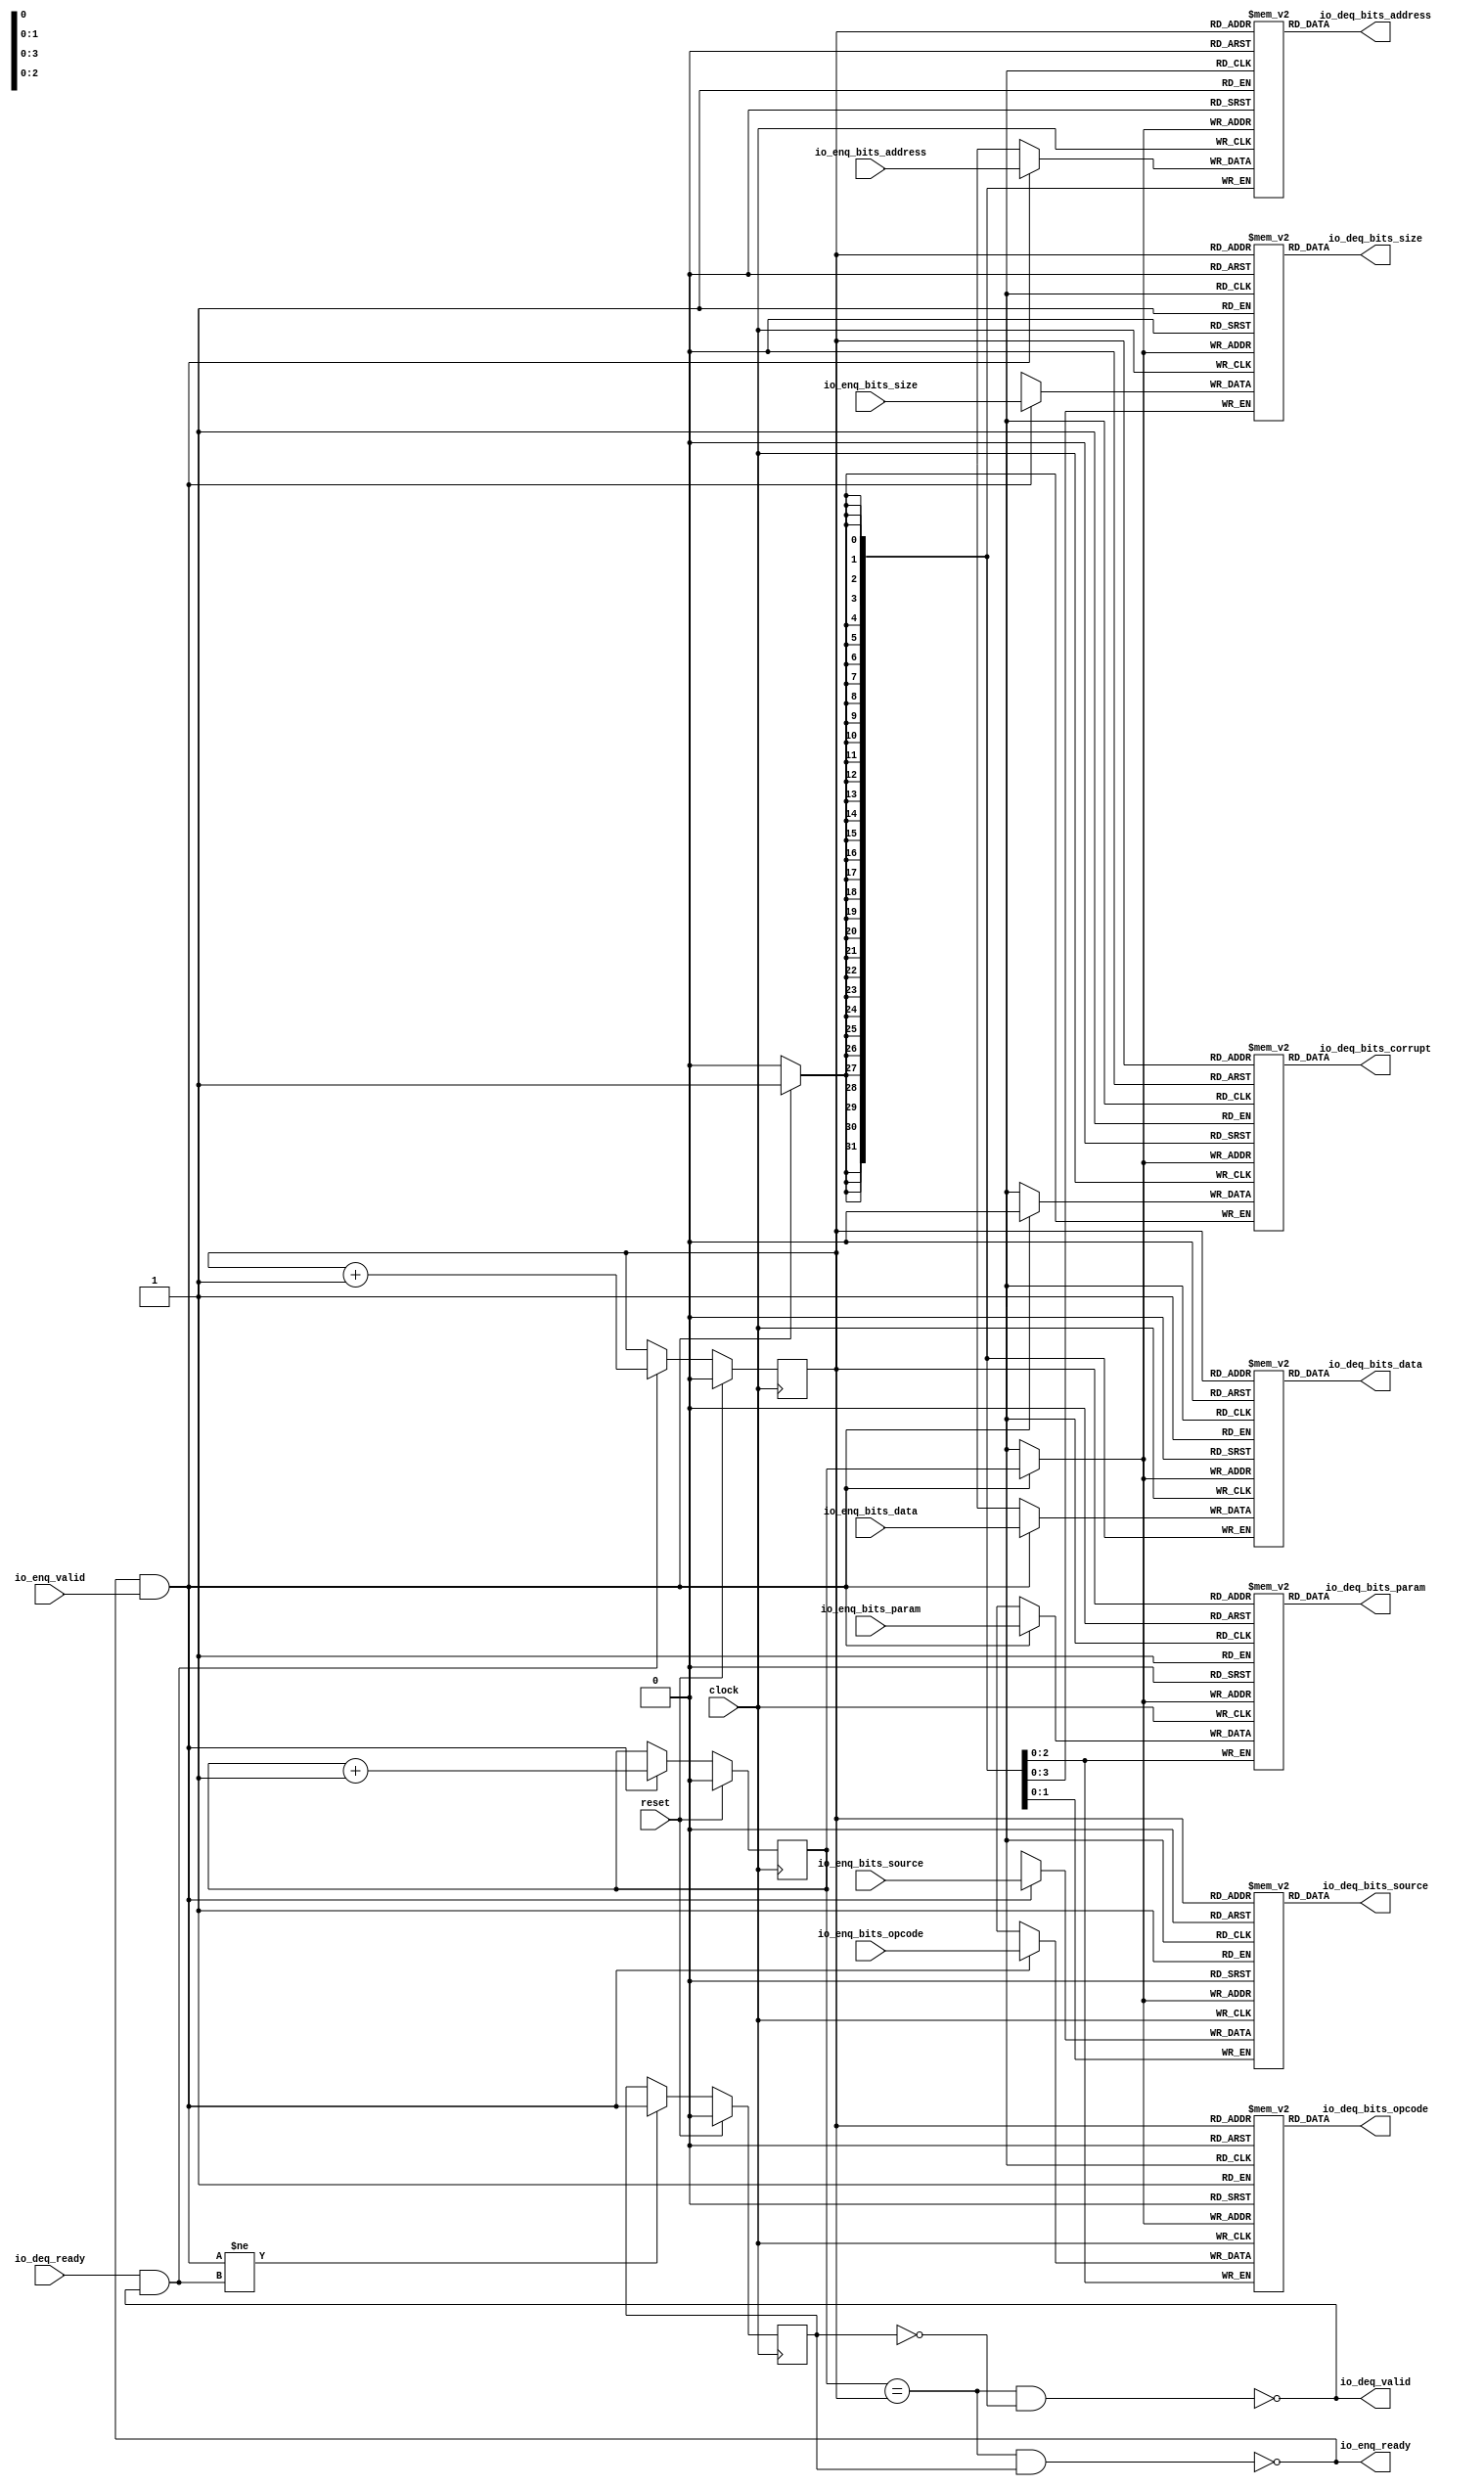
module Queue_36( // @[:freechips.rocketchip.system.DefaultRV32Config.fir@210245.2]
  input         clock, // @[:freechips.rocketchip.system.DefaultRV32Config.fir@210246.4]
  input         reset, // @[:freechips.rocketchip.system.DefaultRV32Config.fir@210247.4]
  output        io_enq_ready, // @[:freechips.rocketchip.system.DefaultRV32Config.fir@210248.4]
  input         io_enq_valid, // @[:freechips.rocketchip.system.DefaultRV32Config.fir@210248.4]
  input  [2:0]  io_enq_bits_opcode, // @[:freechips.rocketchip.system.DefaultRV32Config.fir@210248.4]
  input  [2:0]  io_enq_bits_param, // @[:freechips.rocketchip.system.DefaultRV32Config.fir@210248.4]
  input  [3:0]  io_enq_bits_size, // @[:freechips.rocketchip.system.DefaultRV32Config.fir@210248.4]
  input  [1:0]  io_enq_bits_source, // @[:freechips.rocketchip.system.DefaultRV32Config.fir@210248.4]
  input  [31:0] io_enq_bits_address, // @[:freechips.rocketchip.system.DefaultRV32Config.fir@210248.4]
  input  [31:0] io_enq_bits_data, // @[:freechips.rocketchip.system.DefaultRV32Config.fir@210248.4]
  input         io_deq_ready, // @[:freechips.rocketchip.system.DefaultRV32Config.fir@210248.4]
  output        io_deq_valid, // @[:freechips.rocketchip.system.DefaultRV32Config.fir@210248.4]
  output [2:0]  io_deq_bits_opcode, // @[:freechips.rocketchip.system.DefaultRV32Config.fir@210248.4]
  output [2:0]  io_deq_bits_param, // @[:freechips.rocketchip.system.DefaultRV32Config.fir@210248.4]
  output [3:0]  io_deq_bits_size, // @[:freechips.rocketchip.system.DefaultRV32Config.fir@210248.4]
  output [1:0]  io_deq_bits_source, // @[:freechips.rocketchip.system.DefaultRV32Config.fir@210248.4]
  output [31:0] io_deq_bits_address, // @[:freechips.rocketchip.system.DefaultRV32Config.fir@210248.4]
  output [31:0] io_deq_bits_data, // @[:freechips.rocketchip.system.DefaultRV32Config.fir@210248.4]
  output        io_deq_bits_corrupt // @[:freechips.rocketchip.system.DefaultRV32Config.fir@210248.4]
);
`ifdef RANDOMIZE_MEM_INIT
  reg [31:0] _RAND_0;
  reg [31:0] _RAND_1;
  reg [31:0] _RAND_2;
  reg [31:0] _RAND_3;
  reg [31:0] _RAND_4;
  reg [31:0] _RAND_5;
  reg [31:0] _RAND_6;
`endif // RANDOMIZE_MEM_INIT
`ifdef RANDOMIZE_REG_INIT
  reg [31:0] _RAND_7;
  reg [31:0] _RAND_8;
  reg [31:0] _RAND_9;
`endif // RANDOMIZE_REG_INIT
  reg [2:0] ram_opcode [0:1]; // @[Decoupled.scala 209:16:freechips.rocketchip.system.DefaultRV32Config.fir@210250.4]
  wire [2:0] ram_opcode__T_15_data; // @[Decoupled.scala 209:16:freechips.rocketchip.system.DefaultRV32Config.fir@210250.4]
  wire  ram_opcode__T_15_addr; // @[Decoupled.scala 209:16:freechips.rocketchip.system.DefaultRV32Config.fir@210250.4]
  wire [2:0] ram_opcode__T_5_data; // @[Decoupled.scala 209:16:freechips.rocketchip.system.DefaultRV32Config.fir@210250.4]
  wire  ram_opcode__T_5_addr; // @[Decoupled.scala 209:16:freechips.rocketchip.system.DefaultRV32Config.fir@210250.4]
  wire  ram_opcode__T_5_mask; // @[Decoupled.scala 209:16:freechips.rocketchip.system.DefaultRV32Config.fir@210250.4]
  wire  ram_opcode__T_5_en; // @[Decoupled.scala 209:16:freechips.rocketchip.system.DefaultRV32Config.fir@210250.4]
  reg [2:0] ram_param [0:1]; // @[Decoupled.scala 209:16:freechips.rocketchip.system.DefaultRV32Config.fir@210250.4]
  wire [2:0] ram_param__T_15_data; // @[Decoupled.scala 209:16:freechips.rocketchip.system.DefaultRV32Config.fir@210250.4]
  wire  ram_param__T_15_addr; // @[Decoupled.scala 209:16:freechips.rocketchip.system.DefaultRV32Config.fir@210250.4]
  wire [2:0] ram_param__T_5_data; // @[Decoupled.scala 209:16:freechips.rocketchip.system.DefaultRV32Config.fir@210250.4]
  wire  ram_param__T_5_addr; // @[Decoupled.scala 209:16:freechips.rocketchip.system.DefaultRV32Config.fir@210250.4]
  wire  ram_param__T_5_mask; // @[Decoupled.scala 209:16:freechips.rocketchip.system.DefaultRV32Config.fir@210250.4]
  wire  ram_param__T_5_en; // @[Decoupled.scala 209:16:freechips.rocketchip.system.DefaultRV32Config.fir@210250.4]
  reg [3:0] ram_size [0:1]; // @[Decoupled.scala 209:16:freechips.rocketchip.system.DefaultRV32Config.fir@210250.4]
  wire [3:0] ram_size__T_15_data; // @[Decoupled.scala 209:16:freechips.rocketchip.system.DefaultRV32Config.fir@210250.4]
  wire  ram_size__T_15_addr; // @[Decoupled.scala 209:16:freechips.rocketchip.system.DefaultRV32Config.fir@210250.4]
  wire [3:0] ram_size__T_5_data; // @[Decoupled.scala 209:16:freechips.rocketchip.system.DefaultRV32Config.fir@210250.4]
  wire  ram_size__T_5_addr; // @[Decoupled.scala 209:16:freechips.rocketchip.system.DefaultRV32Config.fir@210250.4]
  wire  ram_size__T_5_mask; // @[Decoupled.scala 209:16:freechips.rocketchip.system.DefaultRV32Config.fir@210250.4]
  wire  ram_size__T_5_en; // @[Decoupled.scala 209:16:freechips.rocketchip.system.DefaultRV32Config.fir@210250.4]
  reg [1:0] ram_source [0:1]; // @[Decoupled.scala 209:16:freechips.rocketchip.system.DefaultRV32Config.fir@210250.4]
  wire [1:0] ram_source__T_15_data; // @[Decoupled.scala 209:16:freechips.rocketchip.system.DefaultRV32Config.fir@210250.4]
  wire  ram_source__T_15_addr; // @[Decoupled.scala 209:16:freechips.rocketchip.system.DefaultRV32Config.fir@210250.4]
  wire [1:0] ram_source__T_5_data; // @[Decoupled.scala 209:16:freechips.rocketchip.system.DefaultRV32Config.fir@210250.4]
  wire  ram_source__T_5_addr; // @[Decoupled.scala 209:16:freechips.rocketchip.system.DefaultRV32Config.fir@210250.4]
  wire  ram_source__T_5_mask; // @[Decoupled.scala 209:16:freechips.rocketchip.system.DefaultRV32Config.fir@210250.4]
  wire  ram_source__T_5_en; // @[Decoupled.scala 209:16:freechips.rocketchip.system.DefaultRV32Config.fir@210250.4]
  reg [31:0] ram_address [0:1]; // @[Decoupled.scala 209:16:freechips.rocketchip.system.DefaultRV32Config.fir@210250.4]
  wire [31:0] ram_address__T_15_data; // @[Decoupled.scala 209:16:freechips.rocketchip.system.DefaultRV32Config.fir@210250.4]
  wire  ram_address__T_15_addr; // @[Decoupled.scala 209:16:freechips.rocketchip.system.DefaultRV32Config.fir@210250.4]
  wire [31:0] ram_address__T_5_data; // @[Decoupled.scala 209:16:freechips.rocketchip.system.DefaultRV32Config.fir@210250.4]
  wire  ram_address__T_5_addr; // @[Decoupled.scala 209:16:freechips.rocketchip.system.DefaultRV32Config.fir@210250.4]
  wire  ram_address__T_5_mask; // @[Decoupled.scala 209:16:freechips.rocketchip.system.DefaultRV32Config.fir@210250.4]
  wire  ram_address__T_5_en; // @[Decoupled.scala 209:16:freechips.rocketchip.system.DefaultRV32Config.fir@210250.4]
  reg [31:0] ram_data [0:1]; // @[Decoupled.scala 209:16:freechips.rocketchip.system.DefaultRV32Config.fir@210250.4]
  wire [31:0] ram_data__T_15_data; // @[Decoupled.scala 209:16:freechips.rocketchip.system.DefaultRV32Config.fir@210250.4]
  wire  ram_data__T_15_addr; // @[Decoupled.scala 209:16:freechips.rocketchip.system.DefaultRV32Config.fir@210250.4]
  wire [31:0] ram_data__T_5_data; // @[Decoupled.scala 209:16:freechips.rocketchip.system.DefaultRV32Config.fir@210250.4]
  wire  ram_data__T_5_addr; // @[Decoupled.scala 209:16:freechips.rocketchip.system.DefaultRV32Config.fir@210250.4]
  wire  ram_data__T_5_mask; // @[Decoupled.scala 209:16:freechips.rocketchip.system.DefaultRV32Config.fir@210250.4]
  wire  ram_data__T_5_en; // @[Decoupled.scala 209:16:freechips.rocketchip.system.DefaultRV32Config.fir@210250.4]
  reg  ram_corrupt [0:1]; // @[Decoupled.scala 209:16:freechips.rocketchip.system.DefaultRV32Config.fir@210250.4]
  wire  ram_corrupt__T_15_data; // @[Decoupled.scala 209:16:freechips.rocketchip.system.DefaultRV32Config.fir@210250.4]
  wire  ram_corrupt__T_15_addr; // @[Decoupled.scala 209:16:freechips.rocketchip.system.DefaultRV32Config.fir@210250.4]
  wire  ram_corrupt__T_5_data; // @[Decoupled.scala 209:16:freechips.rocketchip.system.DefaultRV32Config.fir@210250.4]
  wire  ram_corrupt__T_5_addr; // @[Decoupled.scala 209:16:freechips.rocketchip.system.DefaultRV32Config.fir@210250.4]
  wire  ram_corrupt__T_5_mask; // @[Decoupled.scala 209:16:freechips.rocketchip.system.DefaultRV32Config.fir@210250.4]
  wire  ram_corrupt__T_5_en; // @[Decoupled.scala 209:16:freechips.rocketchip.system.DefaultRV32Config.fir@210250.4]
  reg  _T; // @[Counter.scala 29:33:freechips.rocketchip.system.DefaultRV32Config.fir@210251.4]
  reg  _T_1; // @[Counter.scala 29:33:freechips.rocketchip.system.DefaultRV32Config.fir@210252.4]
  reg  maybe_full; // @[Decoupled.scala 212:27:freechips.rocketchip.system.DefaultRV32Config.fir@210253.4]
  wire  ptr_match; // @[Decoupled.scala 214:33:freechips.rocketchip.system.DefaultRV32Config.fir@210254.4]
  wire  _T_2; // @[Decoupled.scala 215:28:freechips.rocketchip.system.DefaultRV32Config.fir@210255.4]
  wire  empty; // @[Decoupled.scala 215:25:freechips.rocketchip.system.DefaultRV32Config.fir@210256.4]
  wire  full; // @[Decoupled.scala 216:24:freechips.rocketchip.system.DefaultRV32Config.fir@210257.4]
  wire  do_enq; // @[Decoupled.scala 40:37:freechips.rocketchip.system.DefaultRV32Config.fir@210258.4]
  wire  do_deq; // @[Decoupled.scala 40:37:freechips.rocketchip.system.DefaultRV32Config.fir@210261.4]
  wire  _T_8; // @[Counter.scala 39:22:freechips.rocketchip.system.DefaultRV32Config.fir@210275.6]
  wire  _T_11; // @[Counter.scala 39:22:freechips.rocketchip.system.DefaultRV32Config.fir@210281.6]
  wire  _T_12; // @[Decoupled.scala 227:16:freechips.rocketchip.system.DefaultRV32Config.fir@210284.4]
  assign ram_opcode__T_15_addr = _T_1;
  assign ram_opcode__T_15_data = ram_opcode[ram_opcode__T_15_addr]; // @[Decoupled.scala 209:16:freechips.rocketchip.system.DefaultRV32Config.fir@210250.4]
  assign ram_opcode__T_5_data = io_enq_bits_opcode;
  assign ram_opcode__T_5_addr = _T;
  assign ram_opcode__T_5_mask = 1'h1;
  assign ram_opcode__T_5_en = io_enq_ready & io_enq_valid;
  assign ram_param__T_15_addr = _T_1;
  assign ram_param__T_15_data = ram_param[ram_param__T_15_addr]; // @[Decoupled.scala 209:16:freechips.rocketchip.system.DefaultRV32Config.fir@210250.4]
  assign ram_param__T_5_data = io_enq_bits_param;
  assign ram_param__T_5_addr = _T;
  assign ram_param__T_5_mask = 1'h1;
  assign ram_param__T_5_en = io_enq_ready & io_enq_valid;
  assign ram_size__T_15_addr = _T_1;
  assign ram_size__T_15_data = ram_size[ram_size__T_15_addr]; // @[Decoupled.scala 209:16:freechips.rocketchip.system.DefaultRV32Config.fir@210250.4]
  assign ram_size__T_5_data = io_enq_bits_size;
  assign ram_size__T_5_addr = _T;
  assign ram_size__T_5_mask = 1'h1;
  assign ram_size__T_5_en = io_enq_ready & io_enq_valid;
  assign ram_source__T_15_addr = _T_1;
  assign ram_source__T_15_data = ram_source[ram_source__T_15_addr]; // @[Decoupled.scala 209:16:freechips.rocketchip.system.DefaultRV32Config.fir@210250.4]
  assign ram_source__T_5_data = io_enq_bits_source;
  assign ram_source__T_5_addr = _T;
  assign ram_source__T_5_mask = 1'h1;
  assign ram_source__T_5_en = io_enq_ready & io_enq_valid;
  assign ram_address__T_15_addr = _T_1;
  assign ram_address__T_15_data = ram_address[ram_address__T_15_addr]; // @[Decoupled.scala 209:16:freechips.rocketchip.system.DefaultRV32Config.fir@210250.4]
  assign ram_address__T_5_data = io_enq_bits_address;
  assign ram_address__T_5_addr = _T;
  assign ram_address__T_5_mask = 1'h1;
  assign ram_address__T_5_en = io_enq_ready & io_enq_valid;
  assign ram_data__T_15_addr = _T_1;
  assign ram_data__T_15_data = ram_data[ram_data__T_15_addr]; // @[Decoupled.scala 209:16:freechips.rocketchip.system.DefaultRV32Config.fir@210250.4]
  assign ram_data__T_5_data = io_enq_bits_data;
  assign ram_data__T_5_addr = _T;
  assign ram_data__T_5_mask = 1'h1;
  assign ram_data__T_5_en = io_enq_ready & io_enq_valid;
  assign ram_corrupt__T_15_addr = _T_1;
  assign ram_corrupt__T_15_data = ram_corrupt[ram_corrupt__T_15_addr]; // @[Decoupled.scala 209:16:freechips.rocketchip.system.DefaultRV32Config.fir@210250.4]
  assign ram_corrupt__T_5_data = 1'h0;
  assign ram_corrupt__T_5_addr = _T;
  assign ram_corrupt__T_5_mask = 1'h1;
  assign ram_corrupt__T_5_en = io_enq_ready & io_enq_valid;
  assign ptr_match = _T == _T_1; // @[Decoupled.scala 214:33:freechips.rocketchip.system.DefaultRV32Config.fir@210254.4]
  assign _T_2 = ~maybe_full; // @[Decoupled.scala 215:28:freechips.rocketchip.system.DefaultRV32Config.fir@210255.4]
  assign empty = ptr_match & _T_2; // @[Decoupled.scala 215:25:freechips.rocketchip.system.DefaultRV32Config.fir@210256.4]
  assign full = ptr_match & maybe_full; // @[Decoupled.scala 216:24:freechips.rocketchip.system.DefaultRV32Config.fir@210257.4]
  assign do_enq = io_enq_ready & io_enq_valid; // @[Decoupled.scala 40:37:freechips.rocketchip.system.DefaultRV32Config.fir@210258.4]
  assign do_deq = io_deq_ready & io_deq_valid; // @[Decoupled.scala 40:37:freechips.rocketchip.system.DefaultRV32Config.fir@210261.4]
  assign _T_8 = _T + 1'h1; // @[Counter.scala 39:22:freechips.rocketchip.system.DefaultRV32Config.fir@210275.6]
  assign _T_11 = _T_1 + 1'h1; // @[Counter.scala 39:22:freechips.rocketchip.system.DefaultRV32Config.fir@210281.6]
  assign _T_12 = do_enq != do_deq; // @[Decoupled.scala 227:16:freechips.rocketchip.system.DefaultRV32Config.fir@210284.4]
  assign io_enq_ready = ~full; // @[Decoupled.scala 232:16:freechips.rocketchip.system.DefaultRV32Config.fir@210291.4]
  assign io_deq_valid = ~empty; // @[Decoupled.scala 231:16:freechips.rocketchip.system.DefaultRV32Config.fir@210289.4]
  assign io_deq_bits_opcode = ram_opcode__T_15_data; // @[Decoupled.scala 233:15:freechips.rocketchip.system.DefaultRV32Config.fir@210299.4]
  assign io_deq_bits_param = ram_param__T_15_data; // @[Decoupled.scala 233:15:freechips.rocketchip.system.DefaultRV32Config.fir@210298.4]
  assign io_deq_bits_size = ram_size__T_15_data; // @[Decoupled.scala 233:15:freechips.rocketchip.system.DefaultRV32Config.fir@210297.4]
  assign io_deq_bits_source = ram_source__T_15_data; // @[Decoupled.scala 233:15:freechips.rocketchip.system.DefaultRV32Config.fir@210296.4]
  assign io_deq_bits_address = ram_address__T_15_data; // @[Decoupled.scala 233:15:freechips.rocketchip.system.DefaultRV32Config.fir@210295.4]
  assign io_deq_bits_data = ram_data__T_15_data; // @[Decoupled.scala 233:15:freechips.rocketchip.system.DefaultRV32Config.fir@210294.4]
  assign io_deq_bits_corrupt = ram_corrupt__T_15_data; // @[Decoupled.scala 233:15:freechips.rocketchip.system.DefaultRV32Config.fir@210293.4]
`ifdef RANDOMIZE_GARBAGE_ASSIGN
`define RANDOMIZE
`endif
`ifdef RANDOMIZE_INVALID_ASSIGN
`define RANDOMIZE
`endif
`ifdef RANDOMIZE_REG_INIT
`define RANDOMIZE
`endif
`ifdef RANDOMIZE_MEM_INIT
`define RANDOMIZE
`endif
`ifndef RANDOM
`define RANDOM $random
`endif
`ifdef RANDOMIZE_MEM_INIT
  integer initvar;
`endif
`ifndef SYNTHESIS
`ifdef FIRRTL_BEFORE_INITIAL
`FIRRTL_BEFORE_INITIAL
`endif
initial begin
  `ifdef RANDOMIZE
    `ifdef INIT_RANDOM
      `INIT_RANDOM
    `endif
    `ifndef VERILATOR
      `ifdef RANDOMIZE_DELAY
        #`RANDOMIZE_DELAY begin end
      `else
        #0.002 begin end
      `endif
    `endif
`ifdef RANDOMIZE_MEM_INIT
  _RAND_0 = {1{`RANDOM}};
  for (initvar = 0; initvar < 2; initvar = initvar+1)
    ram_opcode[initvar] = _RAND_0[2:0];
  _RAND_1 = {1{`RANDOM}};
  for (initvar = 0; initvar < 2; initvar = initvar+1)
    ram_param[initvar] = _RAND_1[2:0];
  _RAND_2 = {1{`RANDOM}};
  for (initvar = 0; initvar < 2; initvar = initvar+1)
    ram_size[initvar] = _RAND_2[3:0];
  _RAND_3 = {1{`RANDOM}};
  for (initvar = 0; initvar < 2; initvar = initvar+1)
    ram_source[initvar] = _RAND_3[1:0];
  _RAND_4 = {1{`RANDOM}};
  for (initvar = 0; initvar < 2; initvar = initvar+1)
    ram_address[initvar] = _RAND_4[31:0];
  _RAND_5 = {1{`RANDOM}};
  for (initvar = 0; initvar < 2; initvar = initvar+1)
    ram_data[initvar] = _RAND_5[31:0];
  _RAND_6 = {1{`RANDOM}};
  for (initvar = 0; initvar < 2; initvar = initvar+1)
    ram_corrupt[initvar] = _RAND_6[0:0];
`endif // RANDOMIZE_MEM_INIT
`ifdef RANDOMIZE_REG_INIT
  _RAND_7 = {1{`RANDOM}};
  _T = _RAND_7[0:0];
  _RAND_8 = {1{`RANDOM}};
  _T_1 = _RAND_8[0:0];
  _RAND_9 = {1{`RANDOM}};
  maybe_full = _RAND_9[0:0];
`endif // RANDOMIZE_REG_INIT
  `endif // RANDOMIZE
end // initial
`ifdef FIRRTL_AFTER_INITIAL
`FIRRTL_AFTER_INITIAL
`endif
`endif // SYNTHESIS
  always @(posedge clock) begin
    if(ram_opcode__T_5_en & ram_opcode__T_5_mask) begin
      ram_opcode[ram_opcode__T_5_addr] <= ram_opcode__T_5_data; // @[Decoupled.scala 209:16:freechips.rocketchip.system.DefaultRV32Config.fir@210250.4]
    end
    if(ram_param__T_5_en & ram_param__T_5_mask) begin
      ram_param[ram_param__T_5_addr] <= ram_param__T_5_data; // @[Decoupled.scala 209:16:freechips.rocketchip.system.DefaultRV32Config.fir@210250.4]
    end
    if(ram_size__T_5_en & ram_size__T_5_mask) begin
      ram_size[ram_size__T_5_addr] <= ram_size__T_5_data; // @[Decoupled.scala 209:16:freechips.rocketchip.system.DefaultRV32Config.fir@210250.4]
    end
    if(ram_source__T_5_en & ram_source__T_5_mask) begin
      ram_source[ram_source__T_5_addr] <= ram_source__T_5_data; // @[Decoupled.scala 209:16:freechips.rocketchip.system.DefaultRV32Config.fir@210250.4]
    end
    if(ram_address__T_5_en & ram_address__T_5_mask) begin
      ram_address[ram_address__T_5_addr] <= ram_address__T_5_data; // @[Decoupled.scala 209:16:freechips.rocketchip.system.DefaultRV32Config.fir@210250.4]
    end
    if(ram_data__T_5_en & ram_data__T_5_mask) begin
      ram_data[ram_data__T_5_addr] <= ram_data__T_5_data; // @[Decoupled.scala 209:16:freechips.rocketchip.system.DefaultRV32Config.fir@210250.4]
    end
    if(ram_corrupt__T_5_en & ram_corrupt__T_5_mask) begin
      ram_corrupt[ram_corrupt__T_5_addr] <= ram_corrupt__T_5_data; // @[Decoupled.scala 209:16:freechips.rocketchip.system.DefaultRV32Config.fir@210250.4]
    end
    if (reset) begin
      _T <= 1'h0;
    end else if (do_enq) begin
      _T <= _T_8;
    end
    if (reset) begin
      _T_1 <= 1'h0;
    end else if (do_deq) begin
      _T_1 <= _T_11;
    end
    if (reset) begin
      maybe_full <= 1'h0;
    end else if (_T_12) begin
      maybe_full <= do_enq;
    end
  end
endmodule